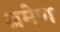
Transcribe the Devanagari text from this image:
श्रमेण